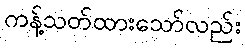
ကန့်သတ်ထားသော်လည်း